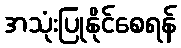
အသုံးပြုနိုင်စေရန်